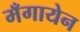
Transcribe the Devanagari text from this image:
मँगायेन